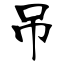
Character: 吊